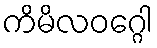
ကိမိလဝဂ္ဂေါ